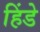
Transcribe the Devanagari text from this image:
हिंडे